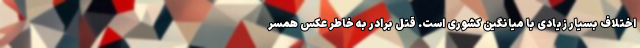
اختلاف بسیار زیادی با میانگین کشوری است. قتل برادر به خاطر عکس همسر